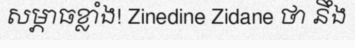
សម្ភាធខ្លាំង! Zinedine Zidane ថា នឹង